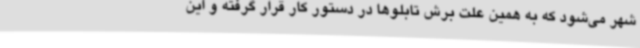
شهر می‌شود که به همین علت برش تابلوها در دستور کار قرار گرفته و این